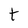
Character: t